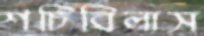
শচিবিলাস